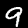
Label: 9